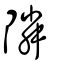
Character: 隣